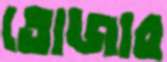
তোজার